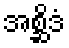
အစ္ဆိဒံ